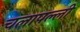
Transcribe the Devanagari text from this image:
चलापल्ली